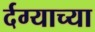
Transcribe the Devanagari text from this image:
र्दग्याच्या